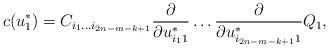
LaTeX: \begin{align*}c(u^*_1)=C_{i_1\ldots i_{2n-m-k+1}}{\partial\over\partial u^*_{i_11}}\ldots{\partial\over\partial u^*_{i_{2n-m-k+1}1}}Q_1,\end{align*}